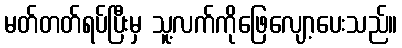
မတ်တတ်ရပ်ပြီးမှ သူ့လက်ကိုဖြေလျော့ပေးသည်။